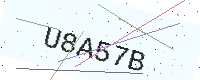
Text: U8A57B